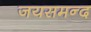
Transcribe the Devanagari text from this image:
जयसमन्‍द